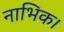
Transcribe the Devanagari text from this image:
नाभिक।